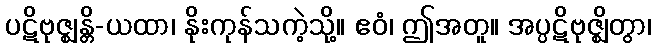
ပဋိဗုဇ္ဈန္တိ-ယထာ၊ နိုးကုန်သကဲ့သို့။ ဧဝံ၊ ဤအတူ။ အပ္ပဋိဗုဇ္ဈိတွာ၊